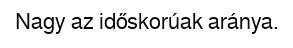
Nagy az időskorúak aránya.